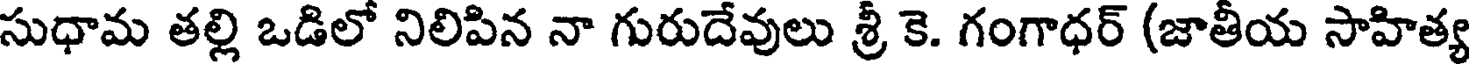
సుధామ తల్లి ఒడిలో నిలిపిన నా గురుదేవులు శ్రీ కె. గంగాధర్ (జాతీయ సాహిత్య